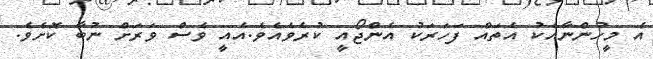
އެ މީހުންނާއެކު އެެތައް ފަހަރަކު އެންޖޯއީ ކުރެވެއެވެ.އެއީ ވެސް ވަރަށް ނުބާ ކޮށެވެ.